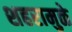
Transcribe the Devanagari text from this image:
शहरामुळे